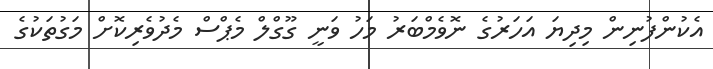
އެކުންފުނިން މިދިޔަ އަހަރުގެ ނޮވެމްބަރު މަހު ވަނީ ގޫގްލް މެޕްސް މެދުވެރިކޮށް މަގުތަކުގެ